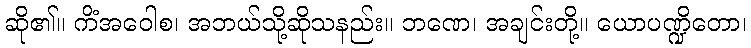
ဆို၏။ ကိံအဝေါစ၊ အဘယ်သို့ဆိုသနည်း။ ဘဏေ၊ အချင်းတို့။ ယောပဏ္ဍိတော၊